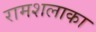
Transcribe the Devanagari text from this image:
रामशलाका